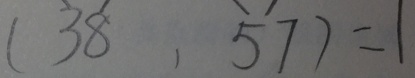
( 3 8 , 5 7 ) = 1